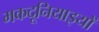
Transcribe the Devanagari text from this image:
मकदूनियाइयों